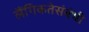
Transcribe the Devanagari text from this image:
लैंगिकतेसंबंधी